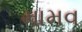
મામવ